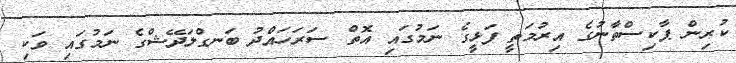
ކުރިން ޕާކިސްތާނުގެ އިރުމަތީ ފަޅީގެ ނަމުގައި އޮތް ސަރަހައްދު ބަނގްލަދޭޝްގެ ނަމުގައި ވަކި